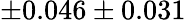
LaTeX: \pm 0.046\pm 0.031